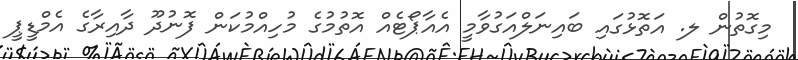
މިގޮތުން ލ. އަތޮޅުގައި ބައިނަލްއަގުވާމީ އެއާޕޯޓެއް އޮތުމުގެ މުހިއްމުކަން ފޮނުދޫ ދާއިރާގެ އެމްޑީޕީ